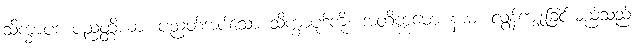
သိက္ခာပဒ ပညတ္တိယာ၊ ပညတ်အပ်သော သိက္ခာပုဒ်ကို။ အတိက္ကမော နာမ၊ လွန်ကျူးခြင်းမည်သည်။